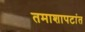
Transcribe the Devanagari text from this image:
तमाशापटांत